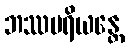
ဘဿပရိယန္တေ